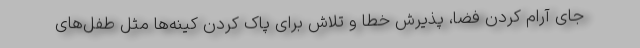
جای آرام کردن فضا، پذیرش خطا و تلاش برای پاک کردن کینه‌ها مثل طفل‌های